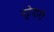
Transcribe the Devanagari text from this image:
पट्टेदारी